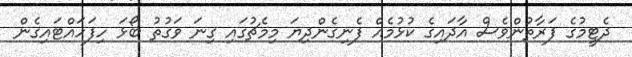
ދެޓީމުގެ ފަރާތުންވެސް އާދައިގެ ކުޅުމެއް ފެނިގެންދިޔަ މިމެޗުގައި ގިނަ ވަގުތު ބޯޅަ ހިފަހައްޓައިގެން